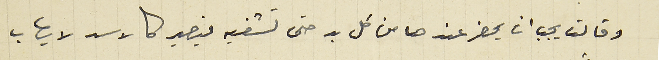
وقالت يجب ان يحضر عندها من كل بد حتى تشفيه بيصير كالاسد لا يهاب